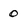
Character: 0